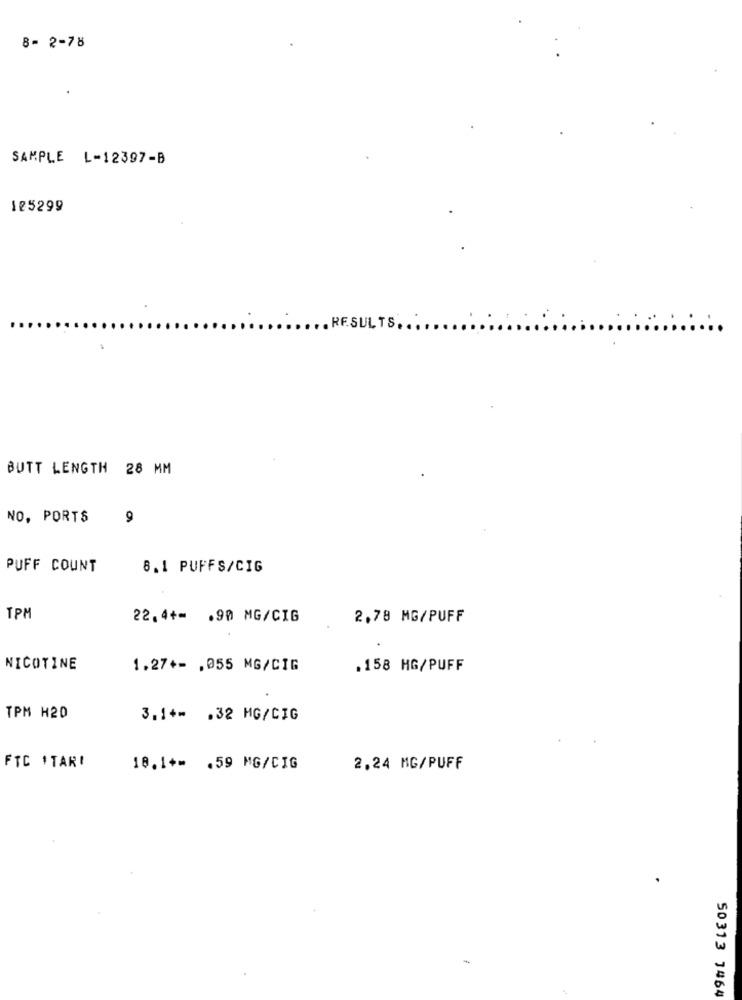
8- 2-78
SAMPLE L-12397-B
125299
RESULTS ....
BUTT LENGTH 28 MM
NO, PORTS
9
PUFF COUNT
8.1 PUFFS/CIG
TPM
22.4+= . 90 MG/CIG
2,78 MG/PUFF
NICOTINE
1.27+- . 055 MG/CIG
.158 HG/PUFF
TPM H20
3.1+- . 32 MG/CIG
FTC ITAR!
18.1 *= . 59 MG/CIG
2,24 MG/PUFF
50313 1464